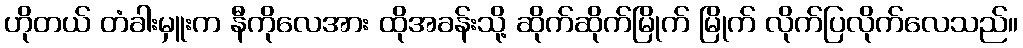
ဟိုတယ် တံခါးမှူးက နီကိုလေအား ထိုအခန်းသို့ ဆိုက်ဆိုက်မြိုက် မြိုက် လိုက်ပြလိုက်လေသည်။